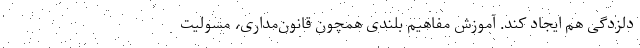
دلزدگی هم ایجاد کند. آموزش مفاهیم بلندی همچون قانون‌مداری، مسولیت